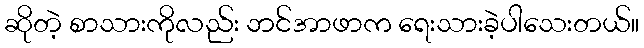
ဆိုတဲ့ စာသားကိုလည်း ဘင်အာဖာက ရေးသားခဲ့ပါသေးတယ်။